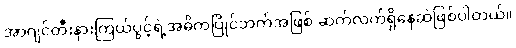
အာဂျင်တီးနားကြယ်ပွင့်ရဲ့အဓိကပြိုင်ဘက်အဖြစ် ဆက်လက်ရှိနေဆဲဖြစ်ပါတယ်။